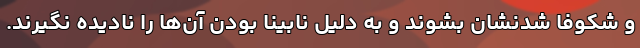
و شکوفا شدنشان بشوند و به دلیل نابینا بودن آن‌ها را نادیده نگیرند.